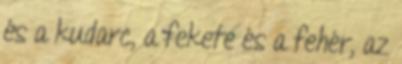
és a kudarc, a fekete és a fehér, az